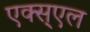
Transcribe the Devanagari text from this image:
एक्स्एल